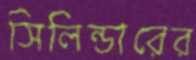
সিলিন্ডারের